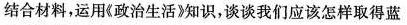
结合材料，运用《政治生活》知识，谈谈我们应该怎样取得蓝